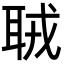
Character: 𦕧